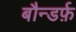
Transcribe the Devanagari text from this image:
बौन्डर्फ़